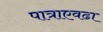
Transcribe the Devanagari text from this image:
पात्राएवढा